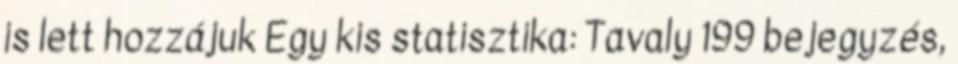
is lett hozzájuk Egy kis statisztika: Tavaly 199 bejegyzés,